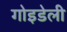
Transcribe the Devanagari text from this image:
गोइडेली